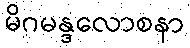
မိဂမန္ဒလောစနာ